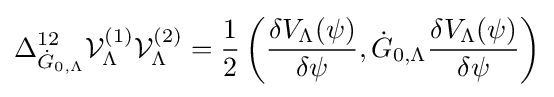
\Delta _{{\dot {G}}_{0,\Lambda }}^{12}{\mathcal {V}}_{\Lambda }^{(1)}{\mathcal {V}}_{\Lambda }^{(2)}={\frac {1}{2}}\left({{\frac {\delta {{V}_{\Lambda }}(\psi )}{\delta \psi }},{{\dot {G}}_{0,\Lambda }}{\frac {\delta {{V}_{\Lambda }}(\psi )}{\delta \psi }}}\right)